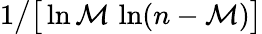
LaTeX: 1{\big/}{\big[}\ln\mathcal{M}\, \ln(n-\mathcal{M}){\big]}